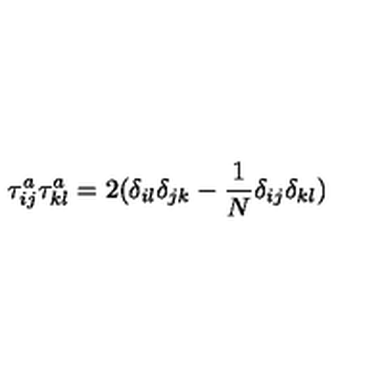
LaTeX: \tau _ { i j } ^ { a } \tau _ { k l } ^ { a } = 2 ( \delta _ { i l } \delta _ { j k } - \frac { 1 } { N } \delta _ { i j } \delta _ { k l } )